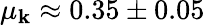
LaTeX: \mu_{\mathbf{k}}\approx0.35\pm0.05